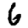
Digit: 6